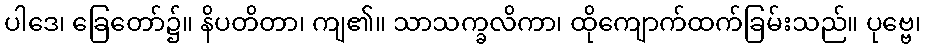
ပါဒေ၊ ခြေတော်၌။ နိပတိတာ၊ ကျ၏။ သာသက္ခလိကာ၊ ထိုကျောက်ထက်ခြမ်းသည်။ ပုဗ္ဗေ၊